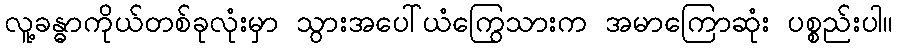
လူ့ခန္ဓာကိုယ်တစ်ခုလုံးမှာ သွားအပေါ်ယံကြွေသားက အမာကြောဆုံး ပစ္စည်းပါ။